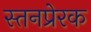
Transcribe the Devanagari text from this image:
स्तनप्रेरक